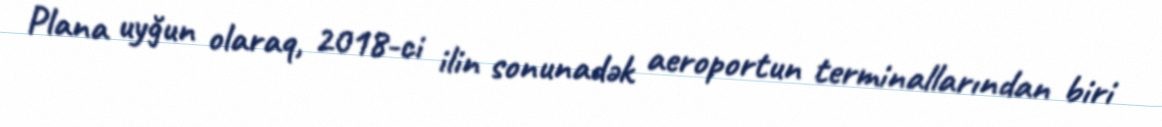
Plana uyğun olaraq, 2018-ci ilin sonunadək aeroportun terminallarından biri